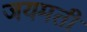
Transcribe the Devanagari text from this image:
जयमती